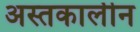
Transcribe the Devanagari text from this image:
अस्तकालीन